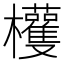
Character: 𣡀